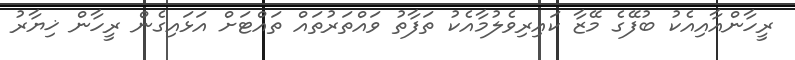
ރީހާންއާއިއެކު ބުފޭގެ މޭޒާ ކައިރިވެލުމާއެކު ތަފާތު ވައްތަރުތައް ތައްޓަށް އަޅައިގެން ރީހާން ޚިޔާރު